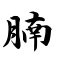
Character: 腩